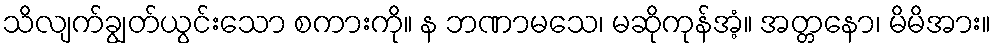
သိလျက်ချွတ်ယွင်းသော စကားကို။ န ဘဏာမသေ၊ မဆိုကုန်အံ့။ အတ္တနော၊ မိမိအား။